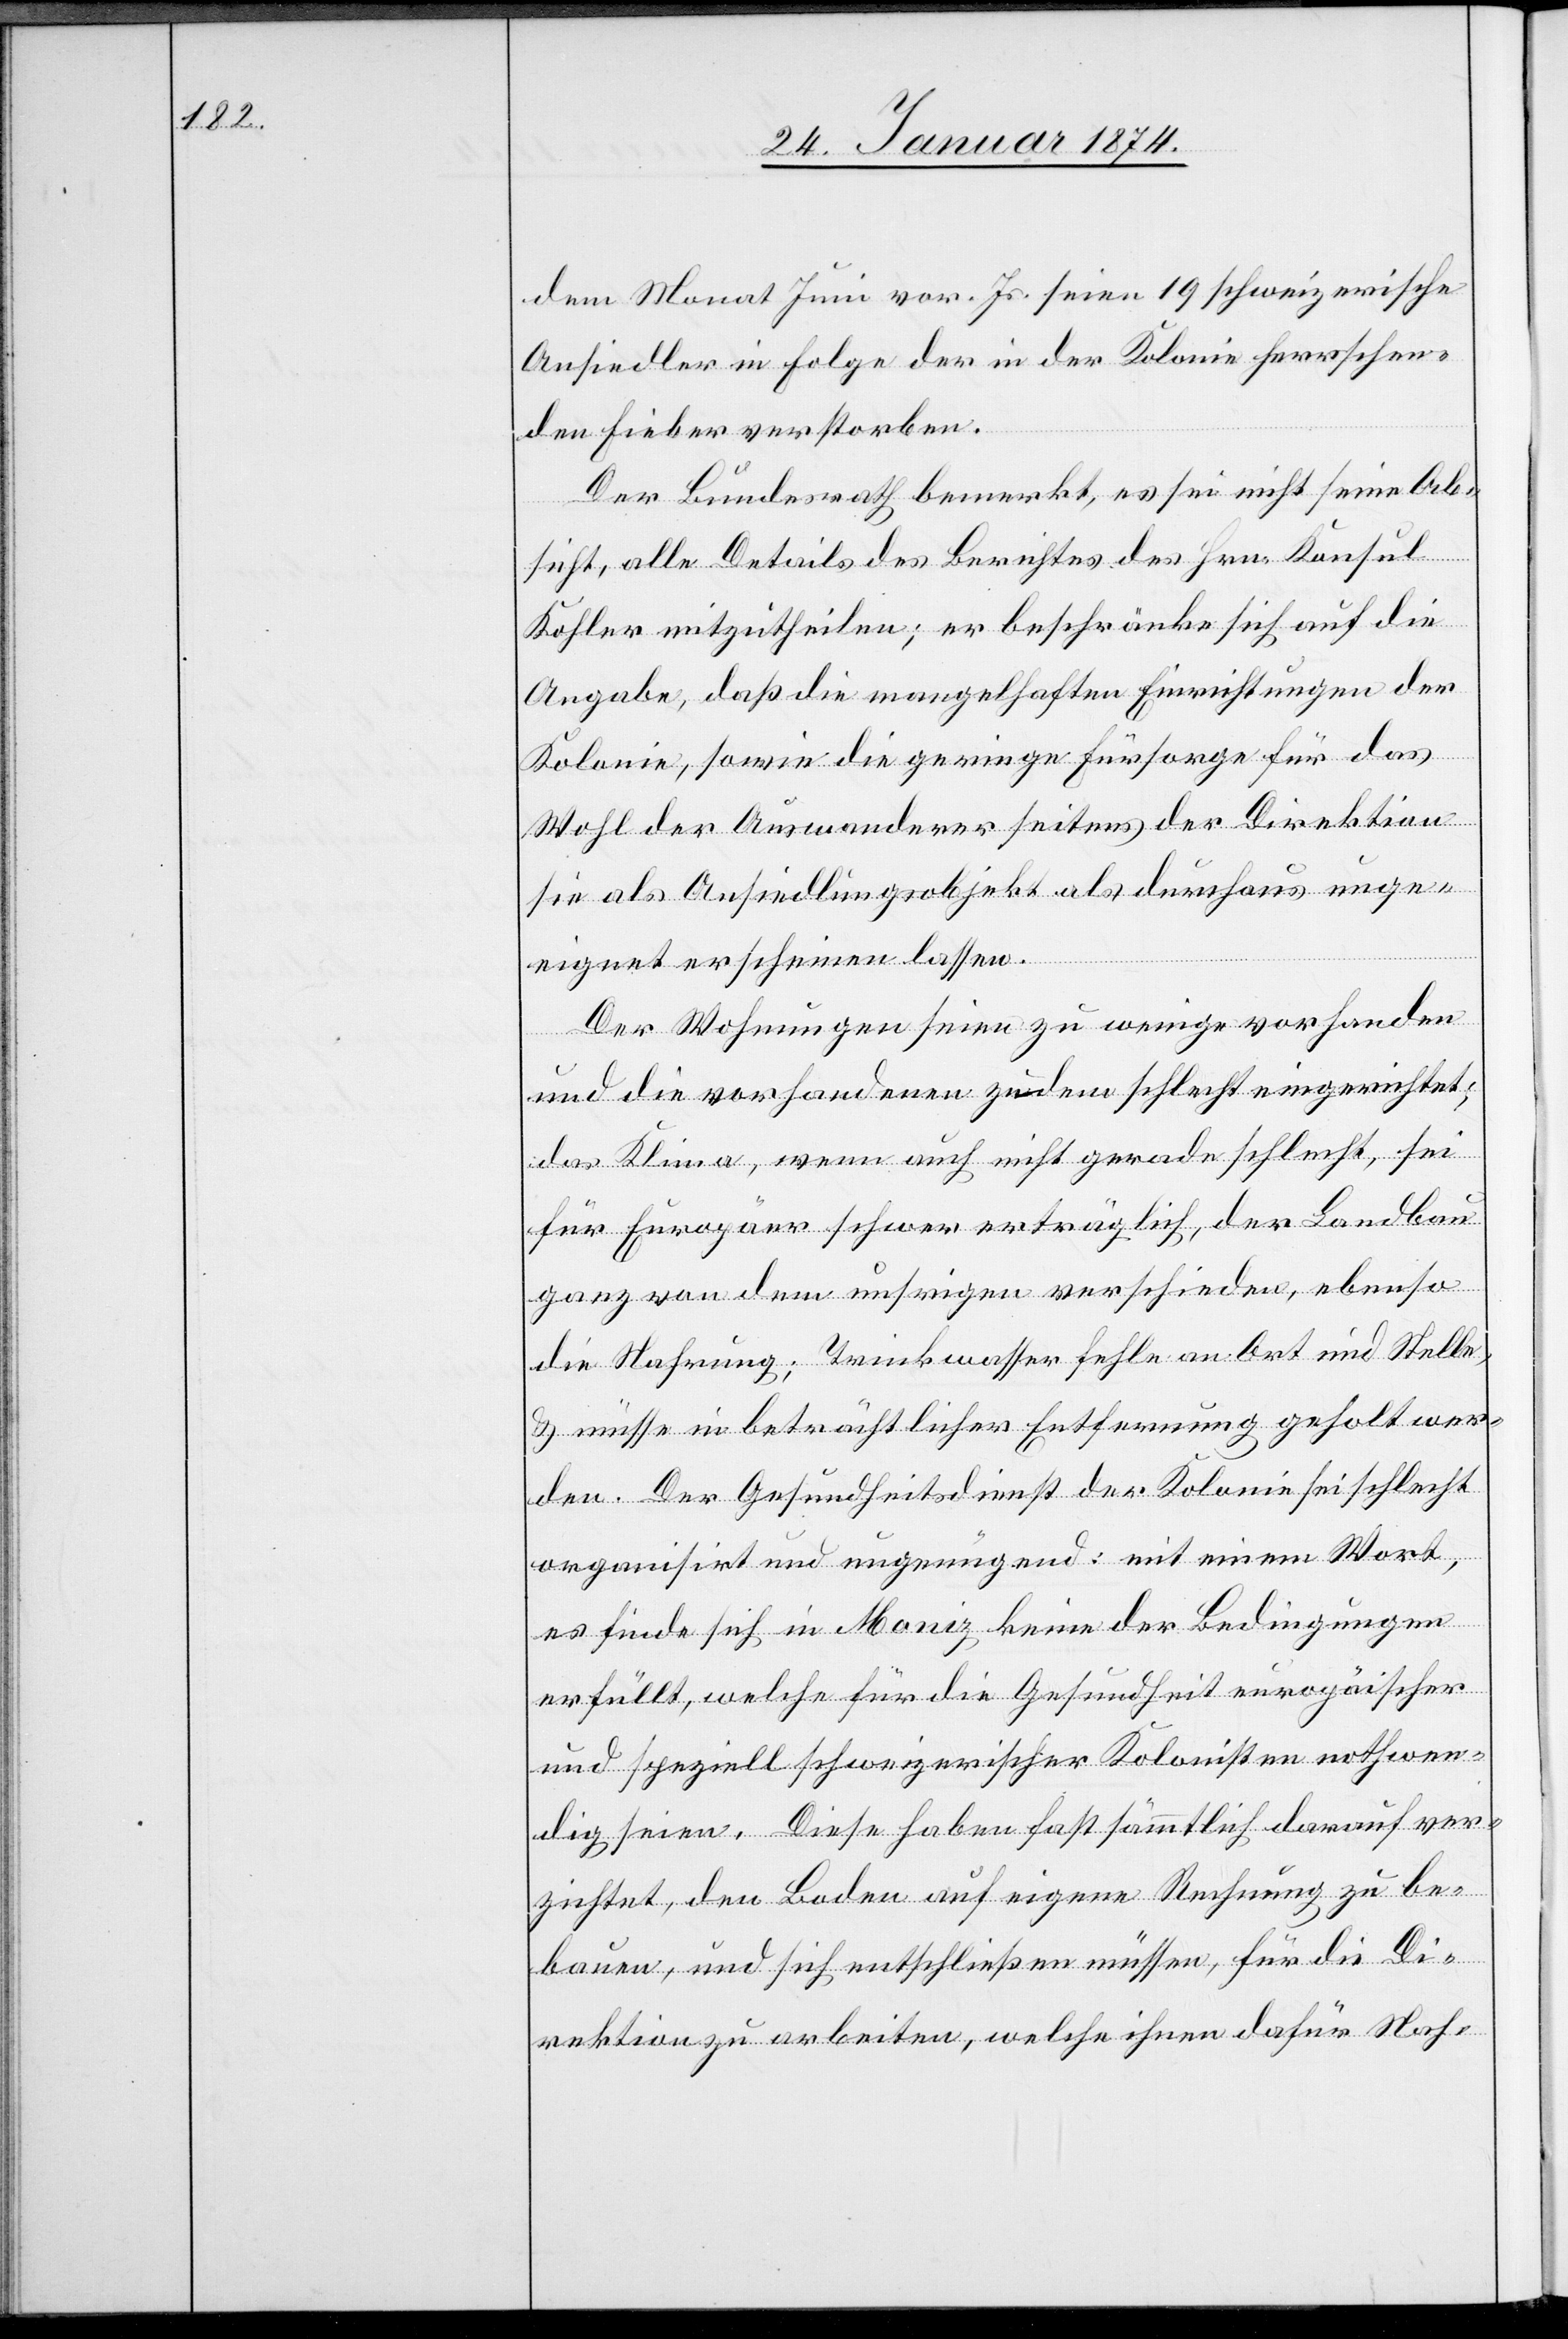
dem Monat Juni vor. Js. seien 19 schweizerische
Ansiedler in Folge der in der Kolonie herrschen¬
den Fieber verstorben.
Der Bundesrath bemerkt, es sei nicht seine Ab¬
sicht, alle Details des Berichtes des Hrn. Konsul
Kohler mitzutheilen; er beschränke sich auf die
Angabe, daß die mangelhaften Einrichtungen der
Kolonie, sowie die geringe Fürsorge für das
Wohl der Anwesenden seitens der Direktion
sie als Ansiedlungsobjekt als durchaus unge¬
eignet erscheinen lasse.
Der Wohnungen seien zu wenige vorhanden
und die vorhandenen zudem schlecht eingerichtet;
das Klima, wenn auch nicht gerade schlecht, sei
für Europäer schwer erträglich, der Landbau
ganz von dem unsrigen verschieden, ebenso
die Nahrung; Trinkwasser fehle an Ort und Stelle,
& müsse in beträchtlicher Entfernung geholt wer¬
den. Der Gesundheitsdienst der Kolonie sei schlecht
organisirt und ungenügend: mit einem Wort,
es finde sich in Moniz keine der Bedingungen
erfüllt, welche für die Gesundheit europäischer
und speziell schweizerischer Kolonisten nothwen¬
dig seien. Diese haben fast sämmtlich darauf ver¬
zichtet, den Boden auf eigene Rechnung zu be¬
bauen, und sich entschließen müssen, für die Di¬
rektion zu arbeiten, welche ihnen dafür Nah-